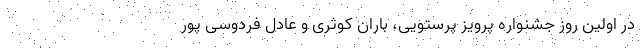
در اولین روز جشنواره پرویز پرستویی، باران کوثری و عادل فردوسی پور